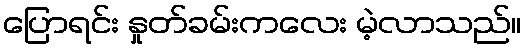
ပြောရင်း နှုတ်ခမ်းကလေး မဲ့လာသည်။